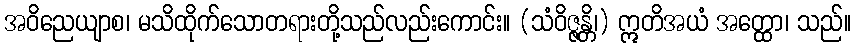
အဝိညေယျာစ၊ မသိထိုက်သောတရားတို့သည်လည်းကောင်း။ (သံဝိဇ္ဇန္တိ၊) ဣတိအယံ အတ္ထော၊ သည်။